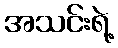
အသင်းရဲ့